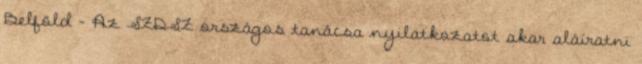
Belföld - Az SZDSZ országos tanácsa nyilatkozatot akar aláíratni